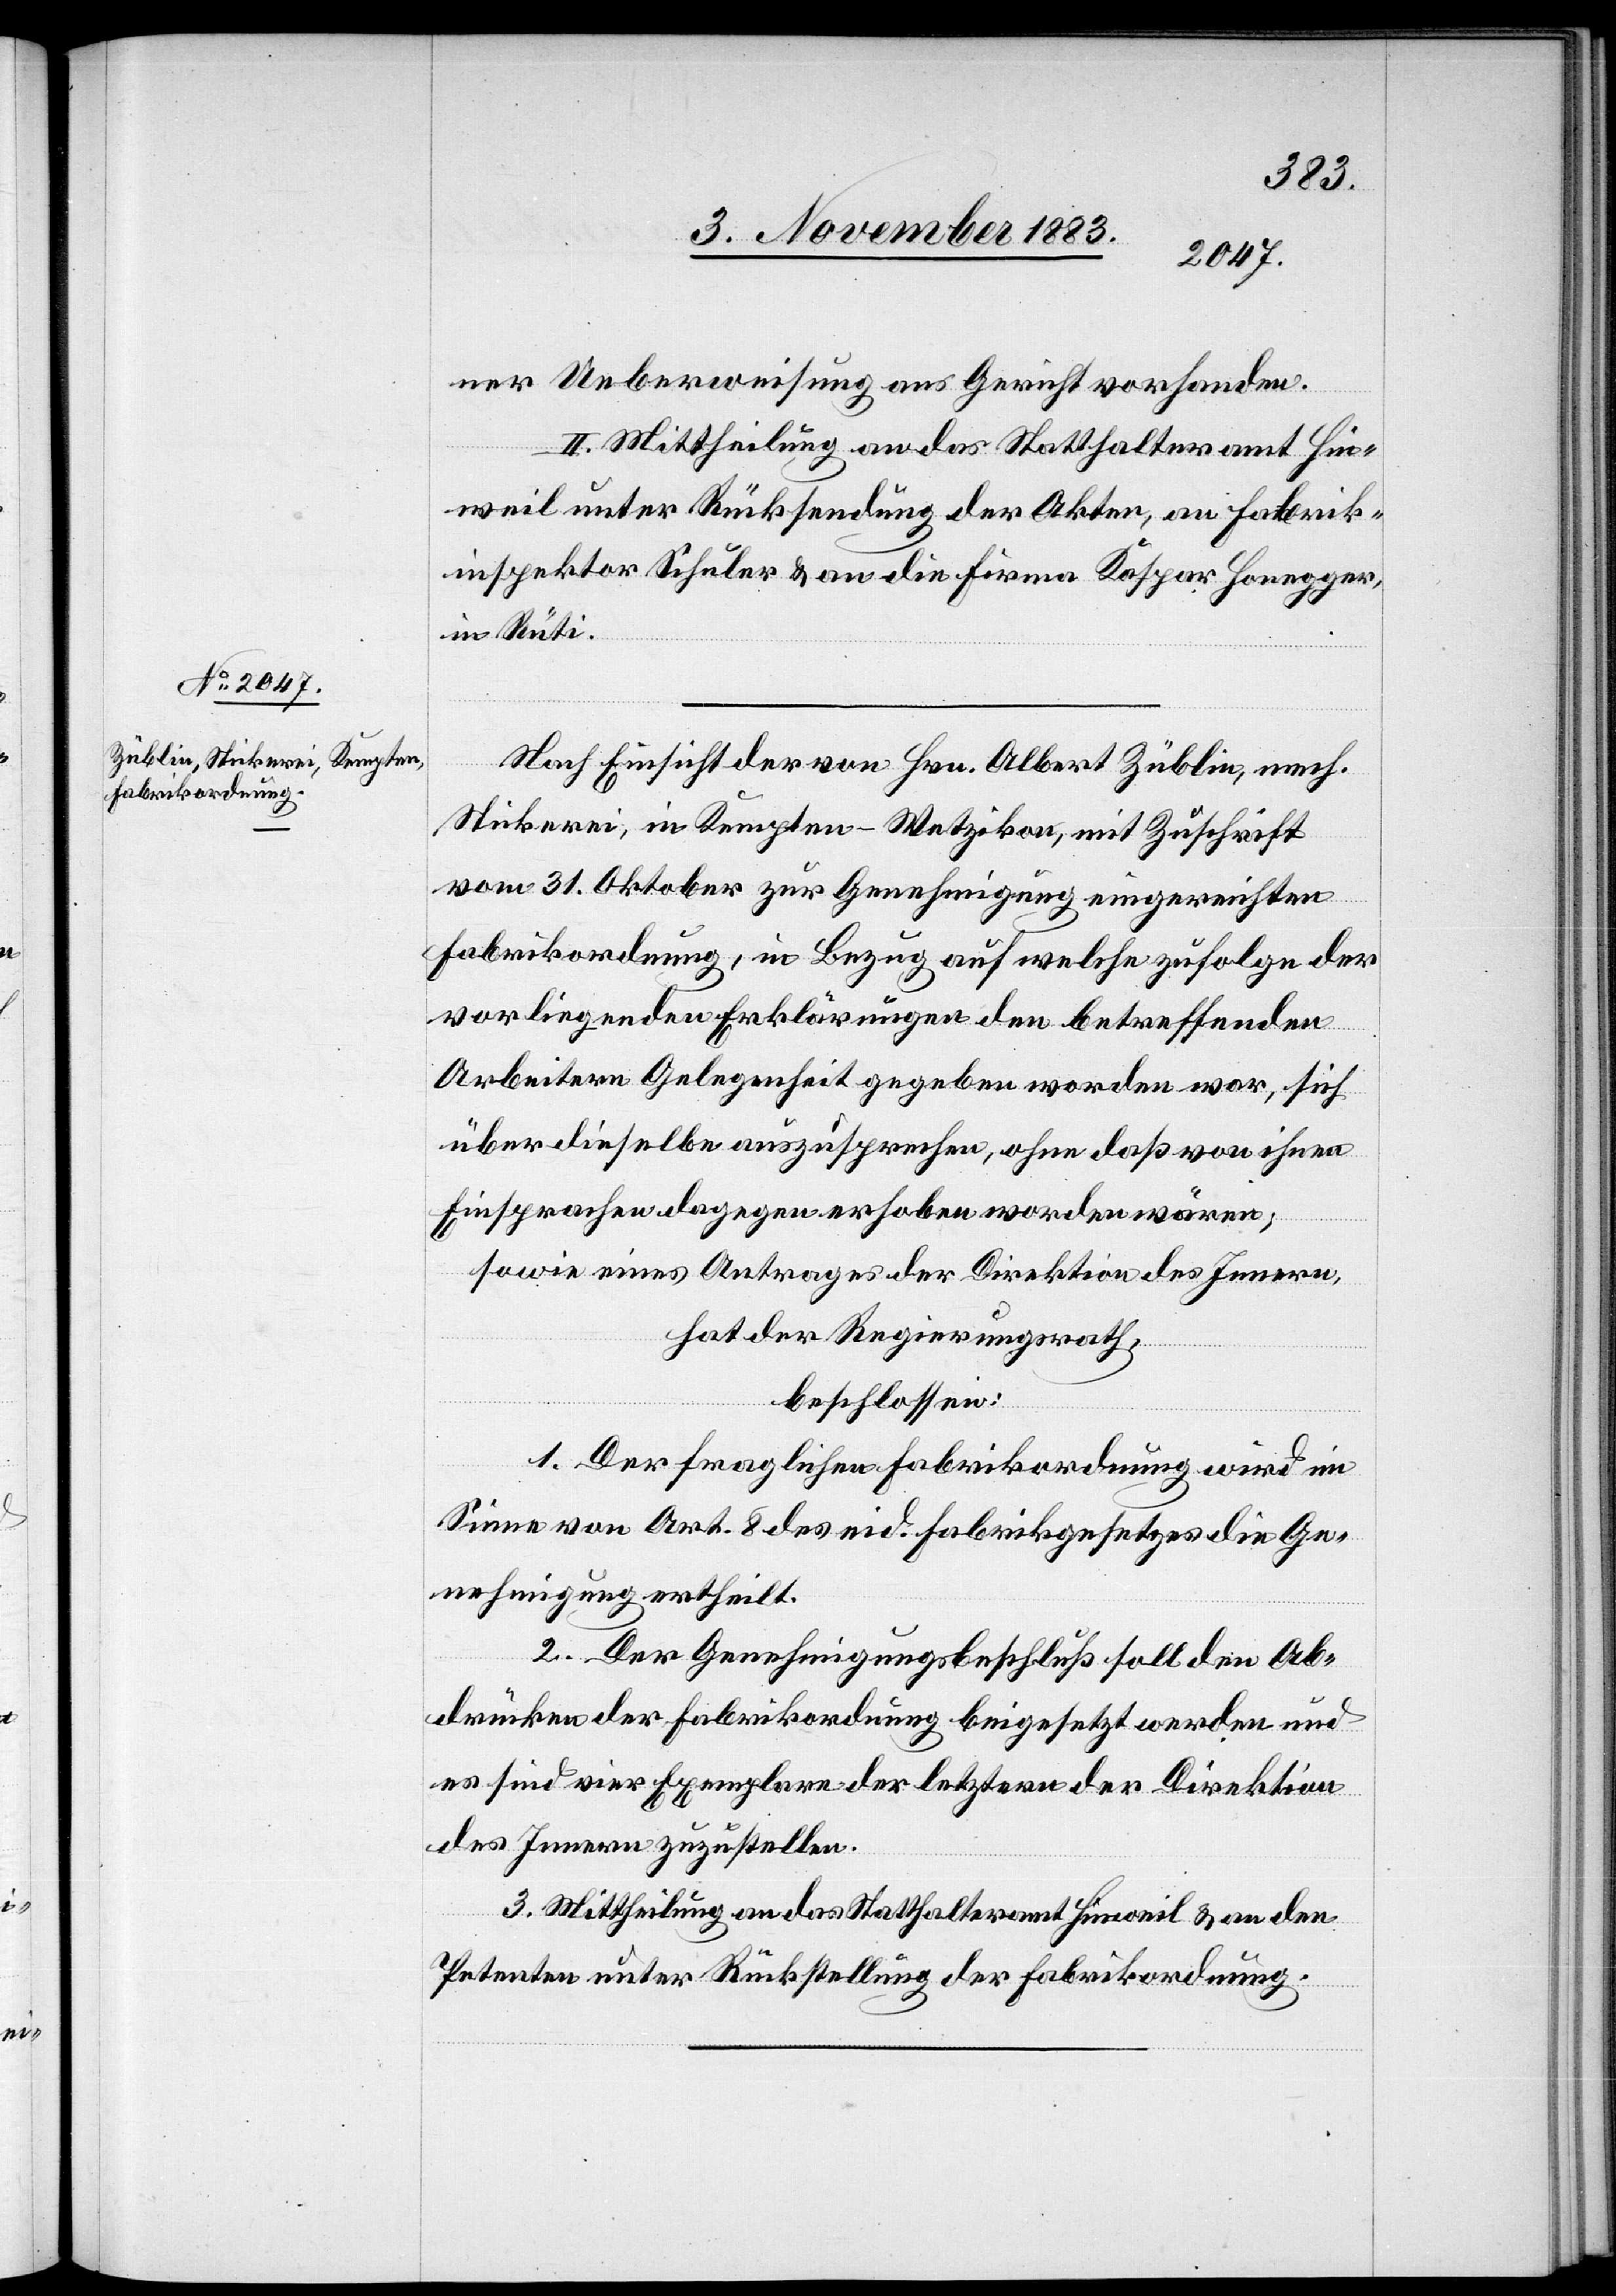
ner Ueberweisung ans Gericht vorhanden.
II. Mittheilung an das Statthalteramt Hin¬
weil unter Rücksendung der Akten, an Fabrik¬
inspektor Schuler & an die Firma Kaspar Honegger,
in Rüti.
Nach Einsicht der von Hrn. Albert Züblin, mech.
Stickerei in Kempten - Wetzikon, mit Zuschrift
vom 31. Oktober zur Genehmigung eingereichten
Fabrikordnung, in Bezug auf welche zufolge der
vorliegenden Erklärungen den betreffenden
Arbeitern Gelegenheit gegeben worden war, sich
über dieselbe auszusprechen, ohne daß von ihnen
Einsprachen dagegen erhoben worden wären;
sowie eines Antrages der Direktion des Innern,
hat der Regierungsrath,
beschlossen:
1. Der fraglichen Fabrikordnung wird im
Sinne von Art. 8 des eid. Fabrikgesetzes die Ge¬
nehmigung ertheilt.
2. Der Genehmigungsbeschluß soll den Ab¬
drücken der Fabrikordnung beigesetzt werden und
es sind vier Exemplare der letztern der Direktion
des Innern zuzustellen.
3. Mittheilung an das Statthalteramt Hinweil & an den
Petenten unter Rückstellung der Fabrikordnung.